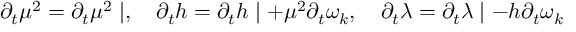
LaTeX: \partial _ { t } \mu ^ { 2 } = \partial _ { t } \mu ^ { 2 } \mid , \quad \partial _ { t } h = \partial _ { t } h \mid + \mu ^ { 2 } \partial _ { t } \omega _ { k } , \quad \partial _ { t } \lambda = \partial _ { t } \lambda \mid - h \partial _ { t } \omega _ { k }